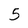
Character: 5